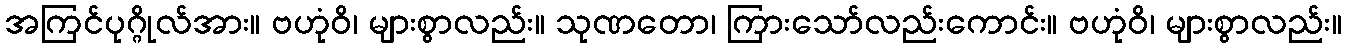
အကြင်ပုဂ္ဂိုလ်အား။ ဗဟုံဝိ၊ များစွာလည်း။ သုဏတော၊ ကြားသော်လည်းကောင်း။ ဗဟုံဝိ၊ များစွာလည်း။